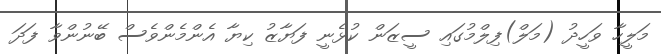
މަލީހާ ވަހީދު (މަލް)ފިލްމުގައި ސީޒަން ކުޅެނީ ފަޔާޒު ކިޔާ އެންމެންވެސް ބޭނުންވާ ފަދަ